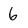
Character: 6